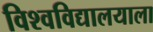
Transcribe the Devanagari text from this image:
विश्वविद्यालयाला